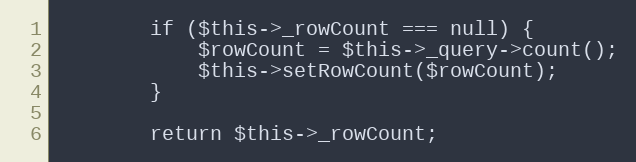
Language: PHP
        if ($this->_rowCount === null) {
            $rowCount = $this->_query->count();
            $this->setRowCount($rowCount);
        }

        return $this->_rowCount;